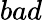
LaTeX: bad